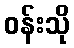
ဝန်းသို